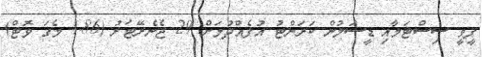
ޕީވީ ސިސްޓަމާއި ޑީސަލުން ކަރަންޓު އުފެއްދުމަށް 29 ޖެނެރޭޓަރު (4.86 މެގަ ވޮޓް)